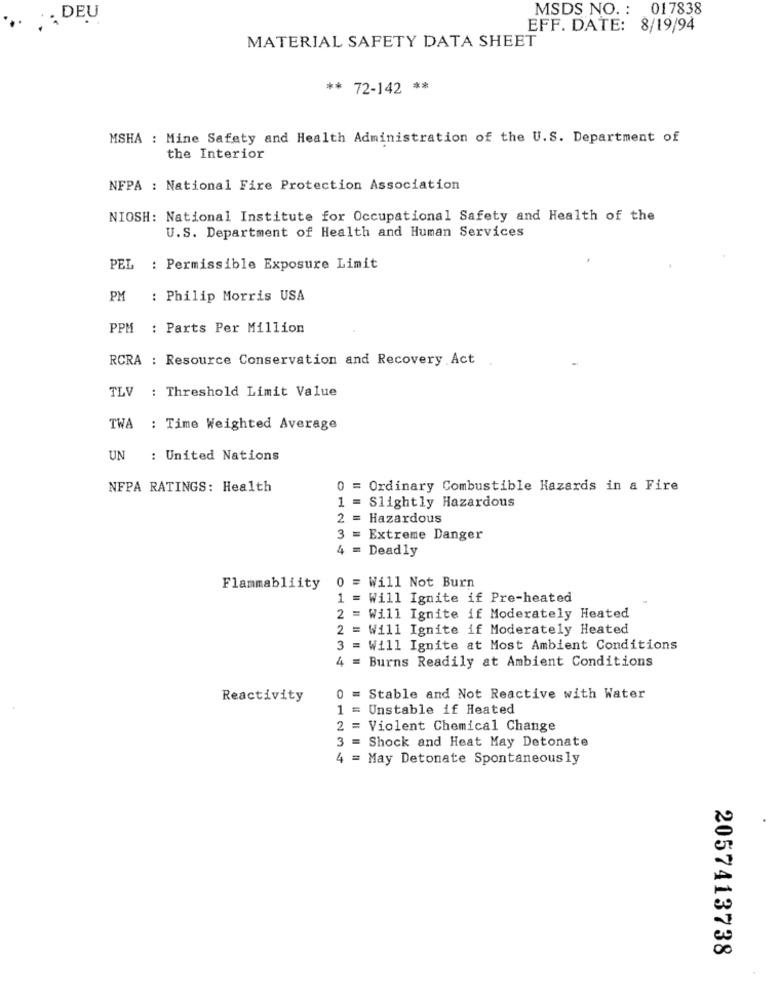
MSDS NO. : 017838
.. DEU
EFF. DATE: 8/19/94
MATERIAL SAFETY DATA SHEET
** 72-142 **
MSHA : Mine Safety and Health Administration of the U.S. Department of
the Interior
NFPA : National Fire Protection Association
NIOSH: National Institute for Occupational Safety and Health of the
U.S. Department of Health and Human Services
PEL
: Permissible Exposure Limit
PM
: Philip Morris USA
PPM
: Parts Per Million
RCRA : Resource Conservation and Recovery Act
TLV
: Threshold Limit Value
TWA : Time Weighted Average
UN : United Nations
NFPA RATINGS: Health
0 = Ordinary Combustible Hazards in a Fire
Slightly Hazardous
1
Hazardous
3 =
Extreme Danger
4 = Deadly
0 = Will Not Burn
Flammabliity
1 = Will Ignite if Pre-heated
2 = Will Ignite if Moderately Heated
2 = Will Ignite if Moderately Heated
3 = Will Ignite at Most Ambient Conditions
4 = Burns Readily at Ambient Conditions
Reactivity
0 = Stable and Not Reactive with Water
1 = Unstable if Heated
2 = Violent Chemical Change
3 = Shock and Heat May Detonate
4 = May Detonate Spontaneously
PC
00
2057413738